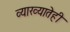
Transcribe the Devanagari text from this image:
व्याख्यातेही